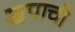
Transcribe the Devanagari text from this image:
खपाची